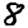
Digit: 8